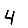
Digit: 4